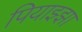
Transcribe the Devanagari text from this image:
पियाझ्झा